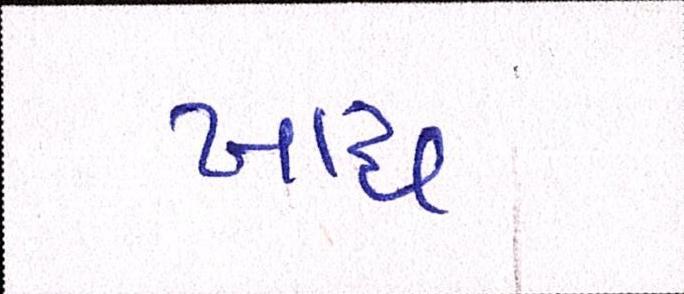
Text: ખાધ